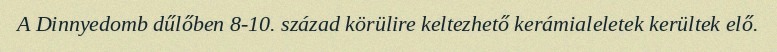
A Dinnyedomb dűlőben 8-10. század körülire keltezhető kerámialeletek kerültek elő.